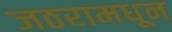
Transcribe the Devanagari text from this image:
जठरामधून